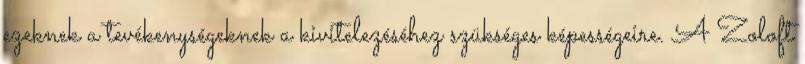
ezeknek a tevékenységeknek a kivitelezéséhez szükséges képességeire. A Zoloft